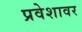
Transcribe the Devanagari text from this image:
प्रवेशावर